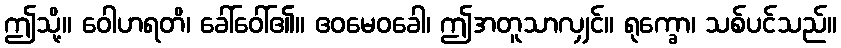
ဤသို့။ ဝေါဟရတိ၊ ခေါ်ဝေါ်၏။ ဧဝမေဝခေါ၊ ဤအတူသာလျှင်။ ရုက္ခော၊ သစ်ပင်သည်။